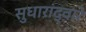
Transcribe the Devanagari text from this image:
सुधारांद्वारे